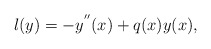
\begin{align*}l(y)=-y^{^{\prime\prime}}(x)+q(x)y(x),\end{align*}